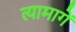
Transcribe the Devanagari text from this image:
त्यामागें